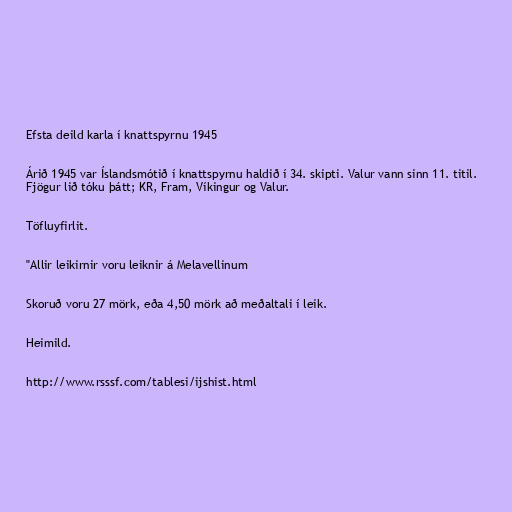
Efsta deild karla í knattspyrnu 1945

Árið 1945 var Íslandsmótið í knattspyrnu haldið í 34. skipti. Valur vann sinn 11. titil.
Fjögur lið tóku þátt; KR, Fram, Víkingur og Valur.

Töfluyfirlit.

"Allir leikirnir voru leiknir á Melavellinum

Skoruð voru 27 mörk, eða 4,50 mörk að meðaltali í leik.

Heimild.

http://www.rsssf.com/tablesi/ijshist.html